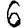
Digit: 6